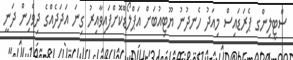
ސްޓީލިންގ ޕެރަޑައިސް މިއަދު ހެނދުނު ޔޫޓިއުބަށް އަޕްލޯޑްކޮށްފައިވާއިރު ގިނަ އަދަދެއްގެ ދިވެހިން ދަނީ